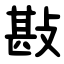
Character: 㪛